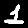
Digit: 1